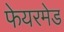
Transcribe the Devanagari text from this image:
फेयरमेड